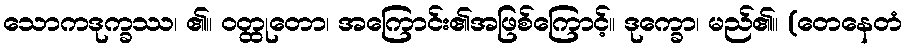
သောကဒုက္ခဿ၊ ၏။ ဝတ္ထုတော၊ အကြောင်း၏အဖြစ်ကြောင့်။ ဒုက္ခော၊ မည်၏။ (တေနေတံ